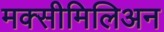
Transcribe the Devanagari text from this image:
मक्सीमिलिअन